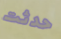
حدثت